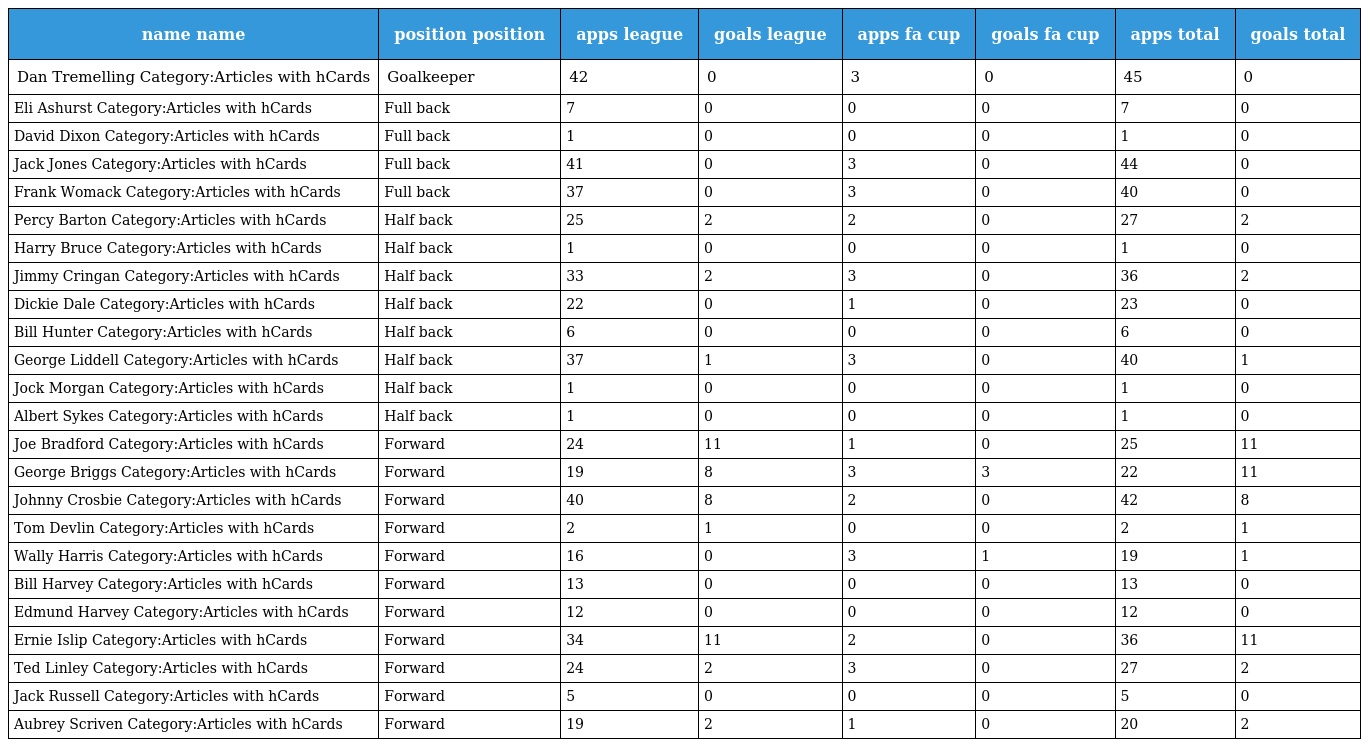
| name name | position position | apps league | goals league | apps fa cup | goals fa cup | apps total | goals total |
 | --- | --- | --- | --- | --- | --- | --- | --- |
 | Dan Tremelling Category:Articles with hCards | Goalkeeper | 42 | 0 | 3 | 0 | 45 | 0 |
 | Eli Ashurst Category:Articles with hCards | Full back | 7 | 0 | 0 | 0 | 7 | 0 |
 | David Dixon Category:Articles with hCards | Full back | 1 | 0 | 0 | 0 | 1 | 0 |
 | Jack Jones Category:Articles with hCards | Full back | 41 | 0 | 3 | 0 | 44 | 0 |
 | Frank Womack Category:Articles with hCards | Full back | 37 | 0 | 3 | 0 | 40 | 0 |
 | Percy Barton Category:Articles with hCards | Half back | 25 | 2 | 2 | 0 | 27 | 2 |
 | Harry Bruce Category:Articles with hCards | Half back | 1 | 0 | 0 | 0 | 1 | 0 |
 | Jimmy Cringan Category:Articles with hCards | Half back | 33 | 2 | 3 | 0 | 36 | 2 |
 | Dickie Dale Category:Articles with hCards | Half back | 22 | 0 | 1 | 0 | 23 | 0 |
 | Bill Hunter Category:Articles with hCards | Half back | 6 | 0 | 0 | 0 | 6 | 0 |
 | George Liddell Category:Articles with hCards | Half back | 37 | 1 | 3 | 0 | 40 | 1 |
 | Jock Morgan Category:Articles with hCards | Half back | 1 | 0 | 0 | 0 | 1 | 0 |
 | Albert Sykes Category:Articles with hCards | Half back | 1 | 0 | 0 | 0 | 1 | 0 |
 | Joe Bradford Category:Articles with hCards | Forward | 24 | 11 | 1 | 0 | 25 | 11 |
 | George Briggs Category:Articles with hCards | Forward | 19 | 8 | 3 | 3 | 22 | 11 |
 | Johnny Crosbie Category:Articles with hCards | Forward | 40 | 8 | 2 | 0 | 42 | 8 |
 | Tom Devlin Category:Articles with hCards | Forward | 2 | 1 | 0 | 0 | 2 | 1 |
 | Wally Harris Category:Articles with hCards | Forward | 16 | 0 | 3 | 1 | 19 | 1 |
 | Bill Harvey Category:Articles with hCards | Forward | 13 | 0 | 0 | 0 | 13 | 0 |
 | Edmund Harvey Category:Articles with hCards | Forward | 12 | 0 | 0 | 0 | 12 | 0 |
 | Ernie Islip Category:Articles with hCards | Forward | 34 | 11 | 2 | 0 | 36 | 11 |
 | Ted Linley Category:Articles with hCards | Forward | 24 | 2 | 3 | 0 | 27 | 2 |
 | Jack Russell Category:Articles with hCards | Forward | 5 | 0 | 0 | 0 | 5 | 0 |
 | Aubrey Scriven Category:Articles with hCards | Forward | 19 | 2 | 1 | 0 | 20 | 2 |